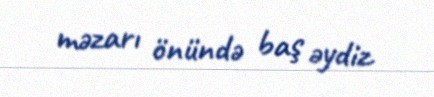
məzarı önündə baş əydiz.